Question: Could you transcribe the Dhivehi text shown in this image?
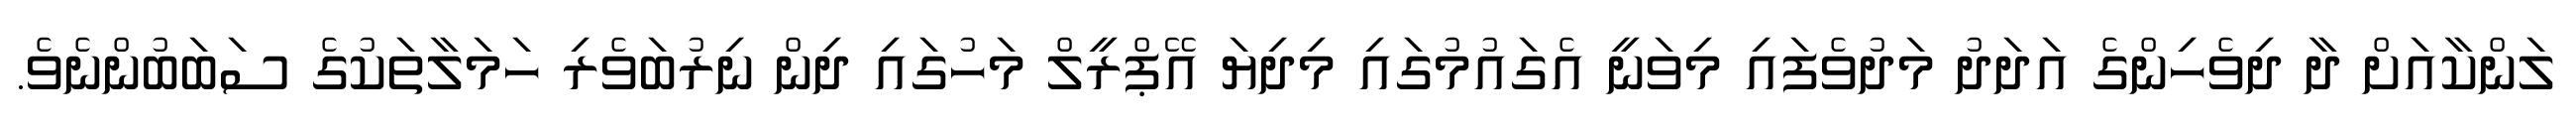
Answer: ލަންކާއަށް ދާ ދިވެހިންގެ އަދަދު މަދުވެފައި މިވަނީ އެގައުމުގައި މިދިޔަ އޭޕްރީލް މަހުގައި ދިން ނިރުބަވެރި ހަމަލާތަކުގެ ސަބަބުންނެވެ.